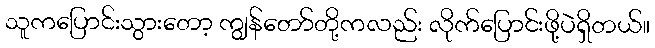
သူကပြောင်းသွားတော့ ကျွန်တော်တို့ကလည်း လိုက်ပြောင်းဖို့ပဲရှိတယ်။